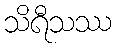
သိရီသဿ